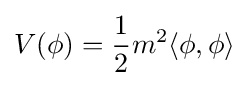
V(\phi )={\frac {1}{2}}m^{2}\langle \phi ,\phi \rangle